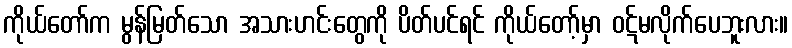
ကိုယ်တော်က မွန်မြတ်သော အသားဟင်းတွေကို ပိတ်ပင်ရင် ကိုယ်တော့်မှာ ဝဋ်မလိုက်ပေဘူးလား။